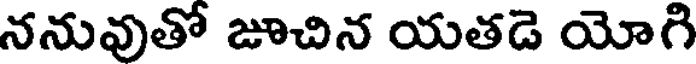
ననువుతో జూచిన యతడె యోగి